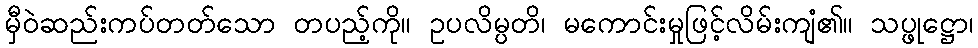
မှီဝဲဆည်းကပ်တတ်သော တပည့်ကို။ ဥပလိမ္ပတိ၊ မကောင်းမှုဖြင့်လိမ်းကျံ၏။ သပ္ဖုဋ္ဌော၊